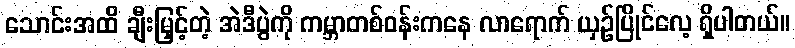
သောင်းအထိ ချီးမြှင့်တဲ့ အဲဒီပွဲကို ကမ္ဘာတစ်ဝန်းကနေ လာရောက် ယှဉ်ပြိုင်လေ့ ရှိပါတယ်။